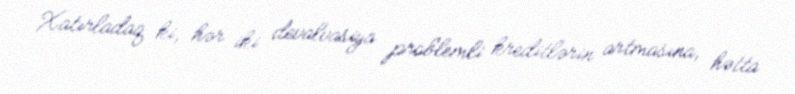
Xatırladaq ki, hər iki devalvasiya problemli kreditlərin artmasına, hətta